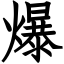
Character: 爆